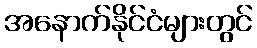
အနောက်နိုင်ငံများတွင်